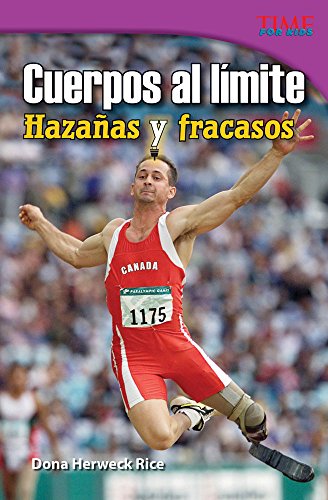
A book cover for Cuerpos al lÃ­mite: HazaÃ±as y fracasos (Physical: Feats and Failures) (Time for Kids Nonfiction Readers: Level 4.9) (Spanish Edition); Dona Rice; Children's Books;